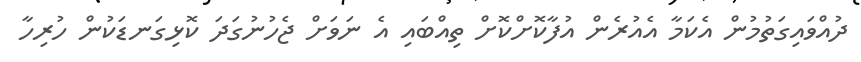
ދުއްވައިގަތުމުން އެކަމާ އެއުރެން އުފާކޮށްކޮށް ތިއްބައި އެ ނަވަށް ޖެހުނުގަދަ ކޮޅިގަނޑަކުން ހުރިހާ